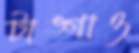
টাঙ্গাও